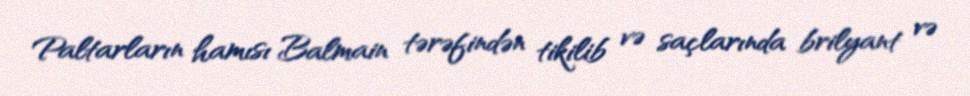
Paltarların hamısı Balmain tərəfindən tikilib və saçlarında brilyant və